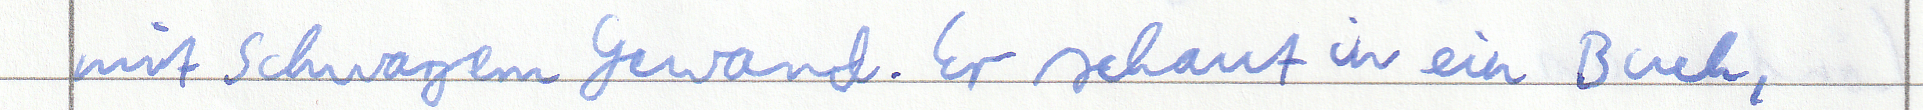
mit schwarzem Gewand. Er schaut in ein Buch,